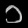
Digit: ၁